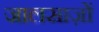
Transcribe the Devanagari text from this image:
जालसाज़ों